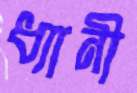
ধ্যানী